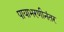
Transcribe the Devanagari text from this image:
पायाभरणीनंतर